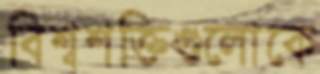
বিশ্বশক্তিগুলোকে